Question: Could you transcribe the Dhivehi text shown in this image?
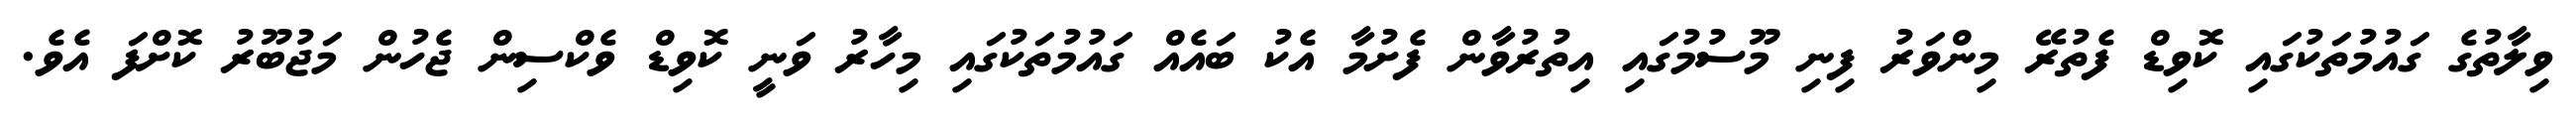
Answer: ވިލާތުގެ ގައުމުތަކުގައި ކޮވިޑް ފެތުރޭ މިންވަރު ފިނި މޫސުމުގައި އިތުރުވާން ފެށުމާ އެކު ބައެއް ގައުމުތަކުގައި މިހާރު ވަނީ ކޮވިޑް ވެކްސިން ޖެހުން މަޖުބޫރު ކޮށްފަ އެވެ.